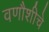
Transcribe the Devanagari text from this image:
वणौशीचे